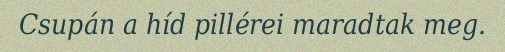
Csupán a híd pillérei maradtak meg.